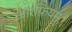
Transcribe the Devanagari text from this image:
ऑरफ़ियम